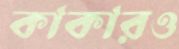
কাকারও